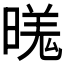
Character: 𬁍